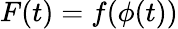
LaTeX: F(t)=f(\phi(t))